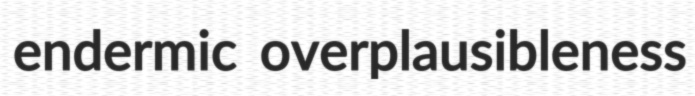
endermic overplausibleness